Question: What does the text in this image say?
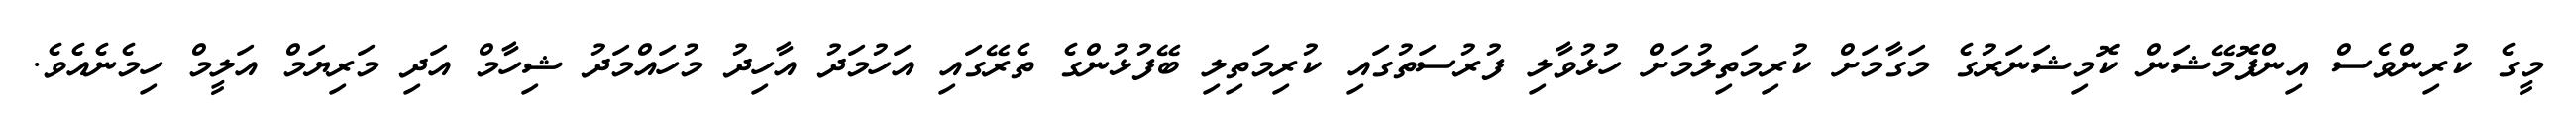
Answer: މީގެ ކުރިންވެސް އިންފޮމޭޝަން ކޮމިޝަނަރުގެ މަގާމަށް ކުރިމަތިލުމަށް ހުޅުވާލި ފުރުސަތުގައި ކުރިމަތިލި ބޭފުޅުންގެ ތެރޭގައި އަހުމަދު އާހިދު މުހައްމަދު ޝިހާމް އަދި މަރިޔަމް އަލީމް ހިމެނެއެވެ.